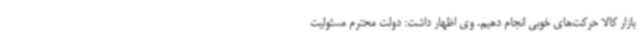
بازار کالا حرکت‌های خوبی انجام دهیم. وی اظهار داشت: دولت محترم مسئولیت